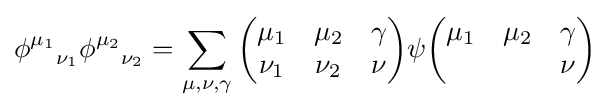
{\phi ^{\mu _{1}}}_{\nu _{1}}{\phi ^{\mu _{2}}}_{\nu _{2}}=\sum _{\mu ,\nu ,\gamma }{\begin{pmatrix}\mu _{1}&\mu _{2}&\gamma \\\nu _{1}&\nu _{2}&\nu \end{pmatrix}}\psi {\begin{pmatrix}\mu _{1}&\mu _{2}&\gamma \\&&\nu \end{pmatrix}}